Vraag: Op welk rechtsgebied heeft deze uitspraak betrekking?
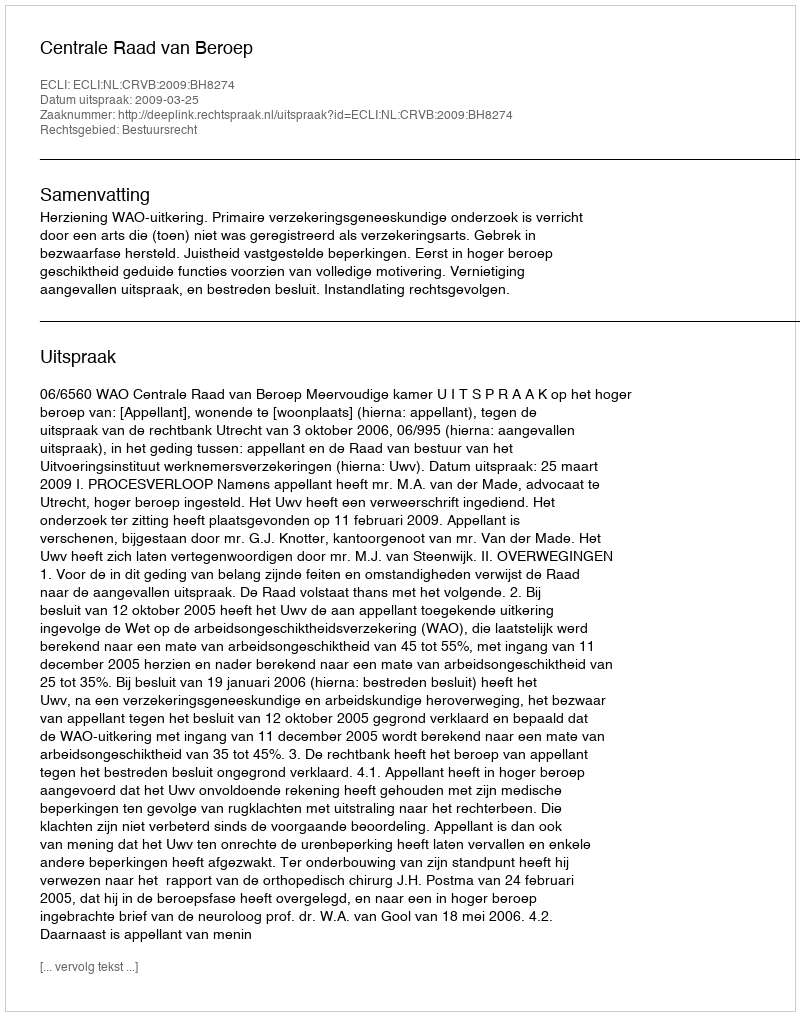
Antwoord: Bestuursrecht